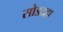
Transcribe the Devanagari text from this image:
सोडदहा